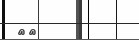
٣٣